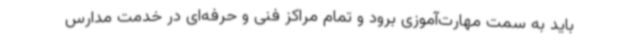
باید به سمت مهارت‌آموزی برود و تمام مراکز فنی و حرفه‌ای در خدمت مدارس